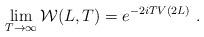
\begin{align*}\lim_{T\to\infty}{\cal W}(L,T)= e^{-2i T V(2L)}\ .\end{align*}